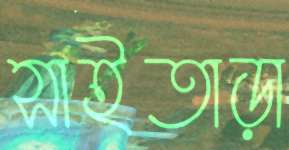
সাইতাড়া